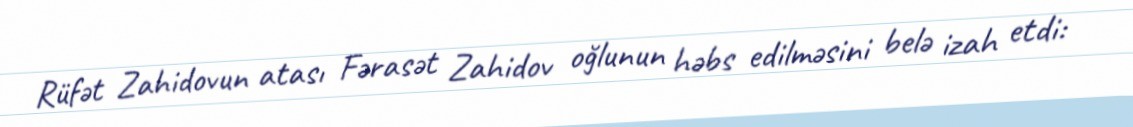
Rüfət Zahidovun atası Fərasət Zahidov oğlunun həbs edilməsini belə izah etdi: